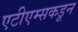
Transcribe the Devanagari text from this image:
एटीएम्सकडून